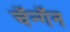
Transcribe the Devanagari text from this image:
चॅन्गॅन